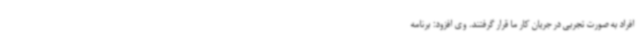
افراد به صورت تجربی در جریان کار ما قرار گرفتند. وی افزود: برنامه